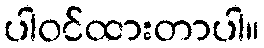
ပါဝင်ထားတာပါ။